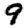
Digit: 9